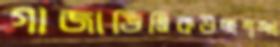
গাজাভিত্তিকউচ্ছশৃঙ্খ